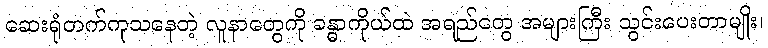
ဆေးရုံတက်ကုသနေတဲ့ လူနာတွေကို ခန္ဓာကိုယ်ထဲ အရည်တွေ အများကြီး သွင်းပေးတာမျိုး၊